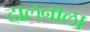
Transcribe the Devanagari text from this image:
दालनाला